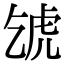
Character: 𧆦